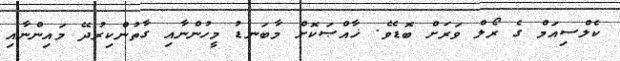
ކެލްސިއަމް ގެ ރޯލް ވަރަށް ބޮޑެވެ. ޚާއްޞަކޮށް މާބަނޑު މީހުންނާއި ގާތުންކިރުދޭ މައިންނާއި